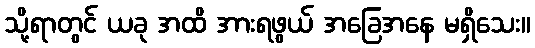
သို့ရာတွင် ယခု အထိ အားရဖွယ် အခြေအနေ မရှိသေး။